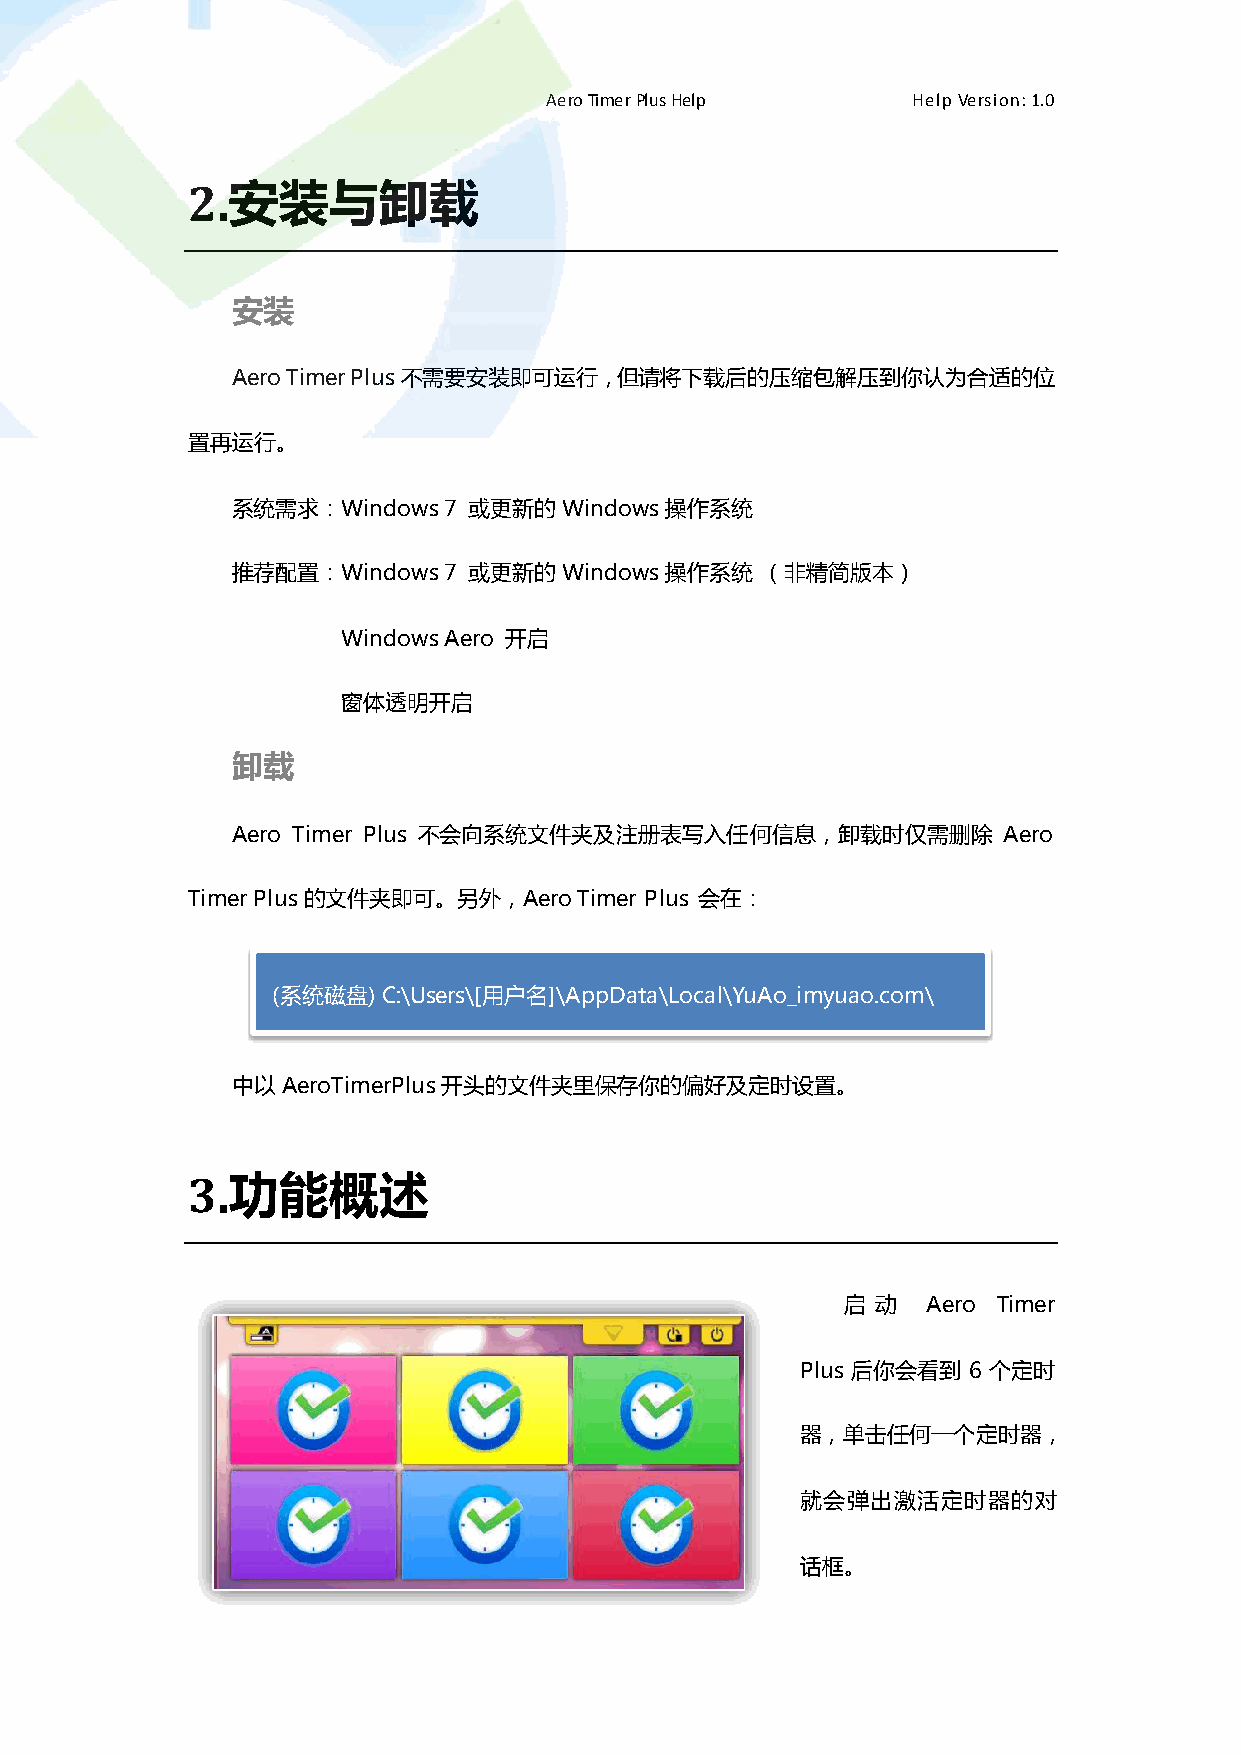
Aero Timer Plus Help    Help Version: 1.0
 2.安装与卸载
 安装
 Aero Timer Plus丌需要安装即可运行，但请将下载后的压缩包解压到你认为合适的位
 置再运行。
 系统需求：Windows  7 或更新的  Windows操作系统
 推荐配置：Windows  7 或更新的  Windows操作系统  （非精简版本）
 Windows Aero 开启
 窗体透明开启
 卸载
 Aero Timer Plus 丌会向系统文件夹及注册表写入任何信息，卸载时仅需删除         Aero
 Timer Plus的文件夹即可。另外，Aero  Timer Plus 会在：
 (系统磁盘) C:\Users\[用户名]\AppData\Local\YuAo_imyuao.com\
 中以  AeroTimerPlus开头的文件夹里保存你的偏好及定时设置。
 3.功能概述
 启 动  Aero Timer
 Plus 后你会看到 6 个定时
 器，单击任何一个定时器，
 就会弹出激活定时器的对
 话框。